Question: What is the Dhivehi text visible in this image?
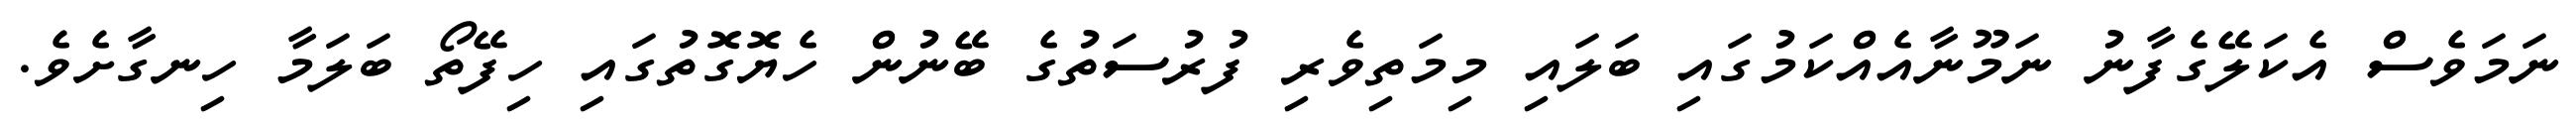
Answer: ނަމަވެސް އެކަލޭގެފާނު ނަމޫނާއެއްކަމުގައި ބަލައި މިމަތިވެރި ފުރުސަތުގެ ބޭނުން ހެޔޮގޮތުގައި ހިފޭތޯ ބަލަމާ ހިނގާށެވެ.